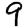
Digit: 9